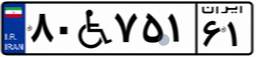
۸۳W۱۶۶۰۵